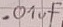
Text: .01µF